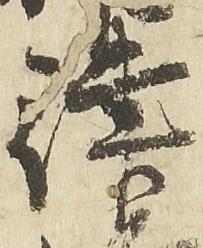
律